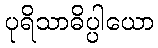
ပုရိသာဓိပ္ပါယော